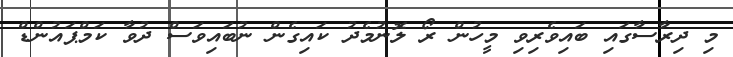
މި ދިރާސާގައި ބައިވެރިވި މީހުން ރޯ ލޮނުމެދު ކައިގެން ނުބައިވަސް ދުވާ ކަމްޕައުންޑް